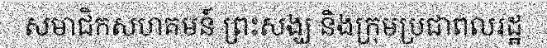
សមាជិកសហគមន៍ ព្រះសង្ឃ និងក្រុមប្រជាពលរដ្ឋ